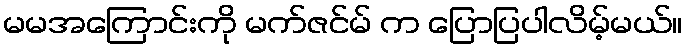
မမအကြောင်းကို မက်ဇင်မ် က ပြောပြပါလိမ့်မယ်။